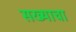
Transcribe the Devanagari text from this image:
सख्याचा